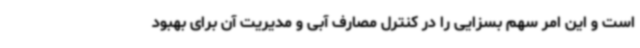
است و این امر سهم بسزایی را در کنترل مصارف آبی و مدیریت آن برای بهبود